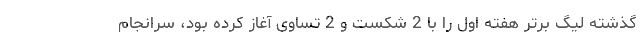
گذشته لیگ برتر هفته اول را با 2 شکست و 2 تساوی آغاز کرده بود، سرانجام